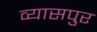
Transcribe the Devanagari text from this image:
व्‍यासपुर